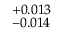
^ { + 0 . 0 1 3 } _ { - 0 . 0 1 4 }